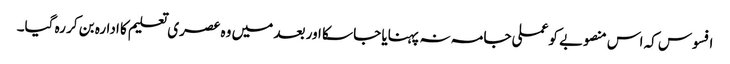
افسوس کہ اس منصوبے کو عملی جامہ نہ پہنایا جا سکا اور بعد میں وہ عصری تعلیم کا ادارہ بن کر رہ گیا۔